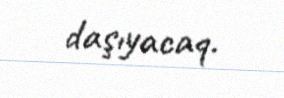
daşıyacaq.